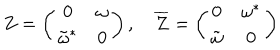
LaTeX: Z = \left( \begin{array} { c c } { { 0 } } & { { \omega } } \\ { { { \tilde { \omega } } ^ { * } } } & { { 0 } } \\ \end{array} \right) , \quad { \overline { { Z } } } = \left( \begin{array} { c c } { { 0 } } & { { { \omega } ^ { * } } } \\ { { { \tilde { \omega } } } } & { { 0 } } \\ \end{array} \right)